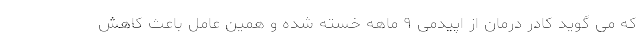
که می گوید کادر درمان از اپیدمی ۹ ماهه خسته شده و همین عامل باعث کاهش